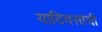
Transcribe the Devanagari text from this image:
यादिवसांची